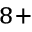
^ { 8 + }